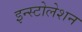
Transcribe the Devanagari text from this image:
इन्स्टोलेशन